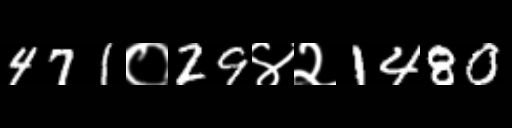
Text: 471०29४२1480